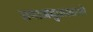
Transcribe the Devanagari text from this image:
समाजसुधारकांशी